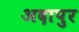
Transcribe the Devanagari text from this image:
अदापुर